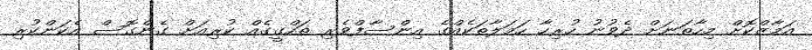
އަމާޒްކޮށް މިހާތަަނަށް ދެވުނު ހުރިހާ ހަމަލާތަކެއްގެ އިންސާފްވެރި ތަހްގީގެއް ކުރިއަށް ގެންގޮސް އެކަންކުރި